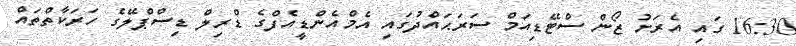
16:30 ގައި އެރަށު ޒޯން ސްޓޭޑިއަމް ސަރަޙައްދުގައި އެމްއެންޑީއެފްގެ ޑްރިލް ޑިސްޕްލޭގެ ހަރަކާތްތައް